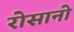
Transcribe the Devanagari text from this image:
रोसानो